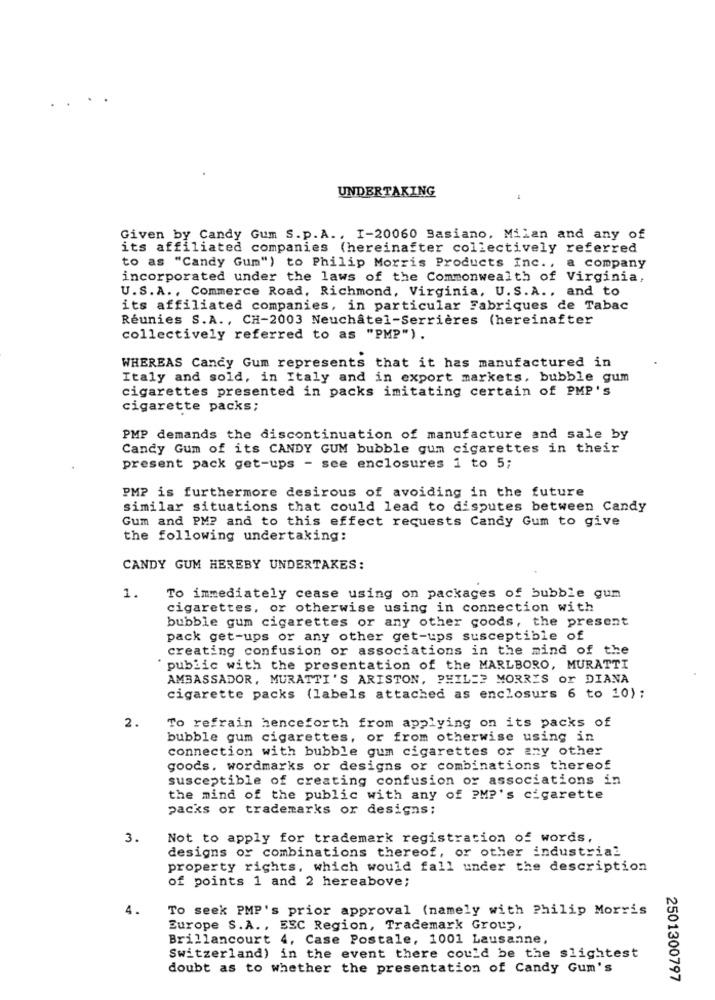
UNDERTAKING
Given by Candy Gum S.p. A ., I-20060 Basiano, Milan and any of
its affiliated companies (hereinafter collectively referred
to as "Candy Gum") to Philip Morris Products Inc ., a company
incorporated under the laws of the Commonwealth of Virginia,
U.S.A ., Commerce Road, Richmond, Virginia, U.S.A ., and to
its affiliated companies, in particular Fabriques de Tabac
Réunies S.A ., CH-2003 Neuchâtel-Serrières (hereinafter
collectively referred to as "PMP") .
WHEREAS Candy Gum represents that it has manufactured in
Italy and sold, in Italy and in export markets, bubble gum
cigarettes presented in packs imitating certain of PMP's
cigarette packs;
PMP demands the discontinuation of manufacture and sale by
Candy Gum of its CANDY GUM bubble gum cigarettes in their
present pack get-ups - see enclosures 1 to 5;
PMP is furthermore desirous of avoiding in the future
similar situations that could lead to disputes between Candy
Gum and PM? and to this effect requests Candy Gum to give
the following undertaking:
CANDY GUM HEREBY UNDERTAKES:
1.
To immediately cease using on packages of bubble gum
cigarettes, or otherwise using in connection with
bubble gum cigarettes or any other goods, the present
pack get-ups or any other get-ups susceptible of
creating confusion or associations in the mind of the
public with the presentation of the MARLBORO, MURATTI
AMBASSADOR, MURATTI'S ARISTON, PHIL=> MORRIS or DIANA
cigarette packs (labels attached as enclosurs 6 to 10);
2.
To refrain henceforth from applying on its packs of
bubble gum cigarettes, or from otherwise using in
connection with bubble gum cigarettes or any other
goods. wordmarks or designs or combinations thereof
susceptible of creating confusion or associations in
the mind of the public with any of PMP's cigarette
packs or trademarks or designs;
3.
Not to apply for trademark registration of words,
designs or combinations thereof, or other industrial
property rights, which would fall under the description
of points 1 and 2 hereabove;
4.
To seek PMP's prior approval (namely with Philip Morris
Europe S.A ., ESC Region, Trademark Group,
Brillancourt 4, Case Postale, 1001 Lausanne,
Switzerland) in the event there could be the slightest
doubt as to whether the presentation of Candy Gum's
2501300797